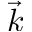
\vec { k }